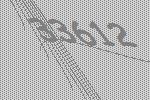
33612